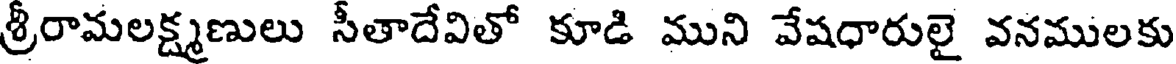
శ్రీరామలక్ష్మణులు సీతాదేవితో కూడి ముని వేషధారులై వనములకు